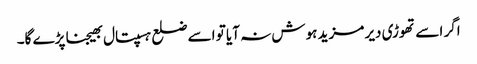
اگر اسے تھوڑی دیر مزید ہوش نہ آیا تو اسے ضلع ہسپتال بھیجنا پڑے گا۔